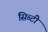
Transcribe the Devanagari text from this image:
सिब्‍टी